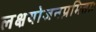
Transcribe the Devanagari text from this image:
लक्षयोजनप्रमिताः